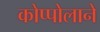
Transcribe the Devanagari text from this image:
कोप्पोलाने